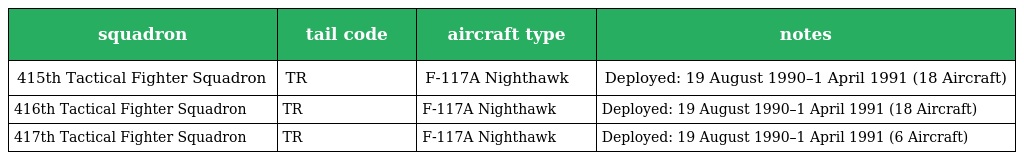
| squadron | tail code | aircraft type | notes |
 | --- | --- | --- | --- |
 | 415th Tactical Fighter Squadron | TR | F-117A Nighthawk | Deployed: 19 August 1990–1 April 1991 (18 Aircraft) |
 | 416th Tactical Fighter Squadron | TR | F-117A Nighthawk | Deployed: 19 August 1990–1 April 1991 (18 Aircraft) |
 | 417th Tactical Fighter Squadron | TR | F-117A Nighthawk | Deployed: 19 August 1990–1 April 1991 (6 Aircraft) |